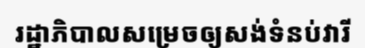
រដ្ឋាភិបាលសម្រេចឲ្យសង់ទំនប់វារី